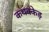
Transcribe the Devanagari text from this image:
कथक्केड़